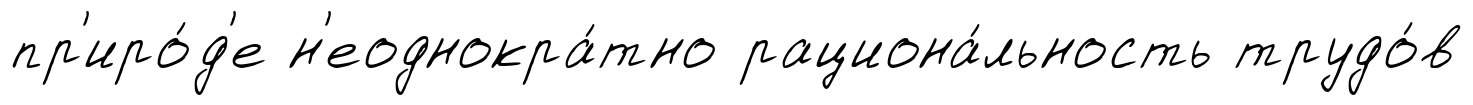
пр'иро́д'е н'еоднокра́тно рациона́льность трудо́в